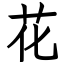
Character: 花